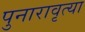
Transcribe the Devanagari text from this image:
पुनारावृत्या